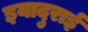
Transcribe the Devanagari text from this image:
इयादुराई